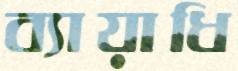
ব্যায়াধি